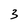
Character: 3